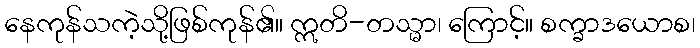
နေကုန်သကဲ့သို့ဖြစ်ကုန်၏။ ဣတိ-တသ္မာ၊ ကြောင့်။ စက္ခာဒယောစ၊